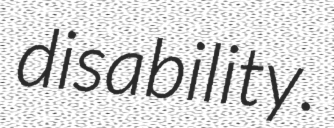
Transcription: disability.